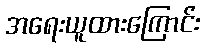
အရေးယူထားကြောင်း